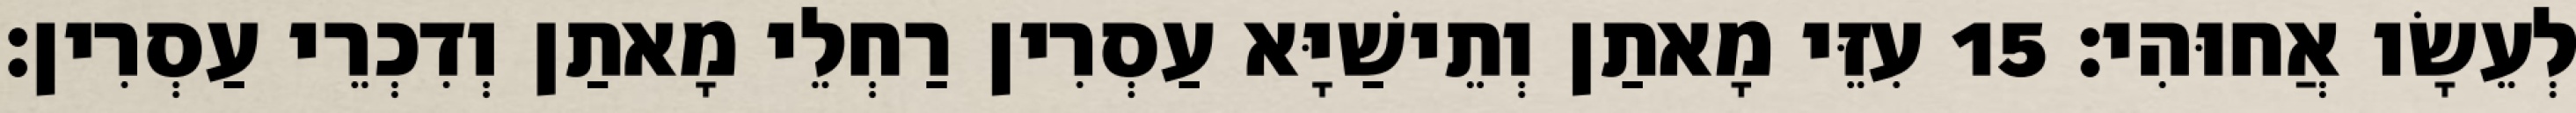
לְעֵשָׂו אֲחוּהִי׃ 15 עִזֵּי מָאתַן וְתֵישַׁיָּא עַסְרִין רַחְלֵי מָאתַן וְדִכְרֵי עַסְרִין׃